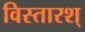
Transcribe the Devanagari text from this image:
विस्तारश्